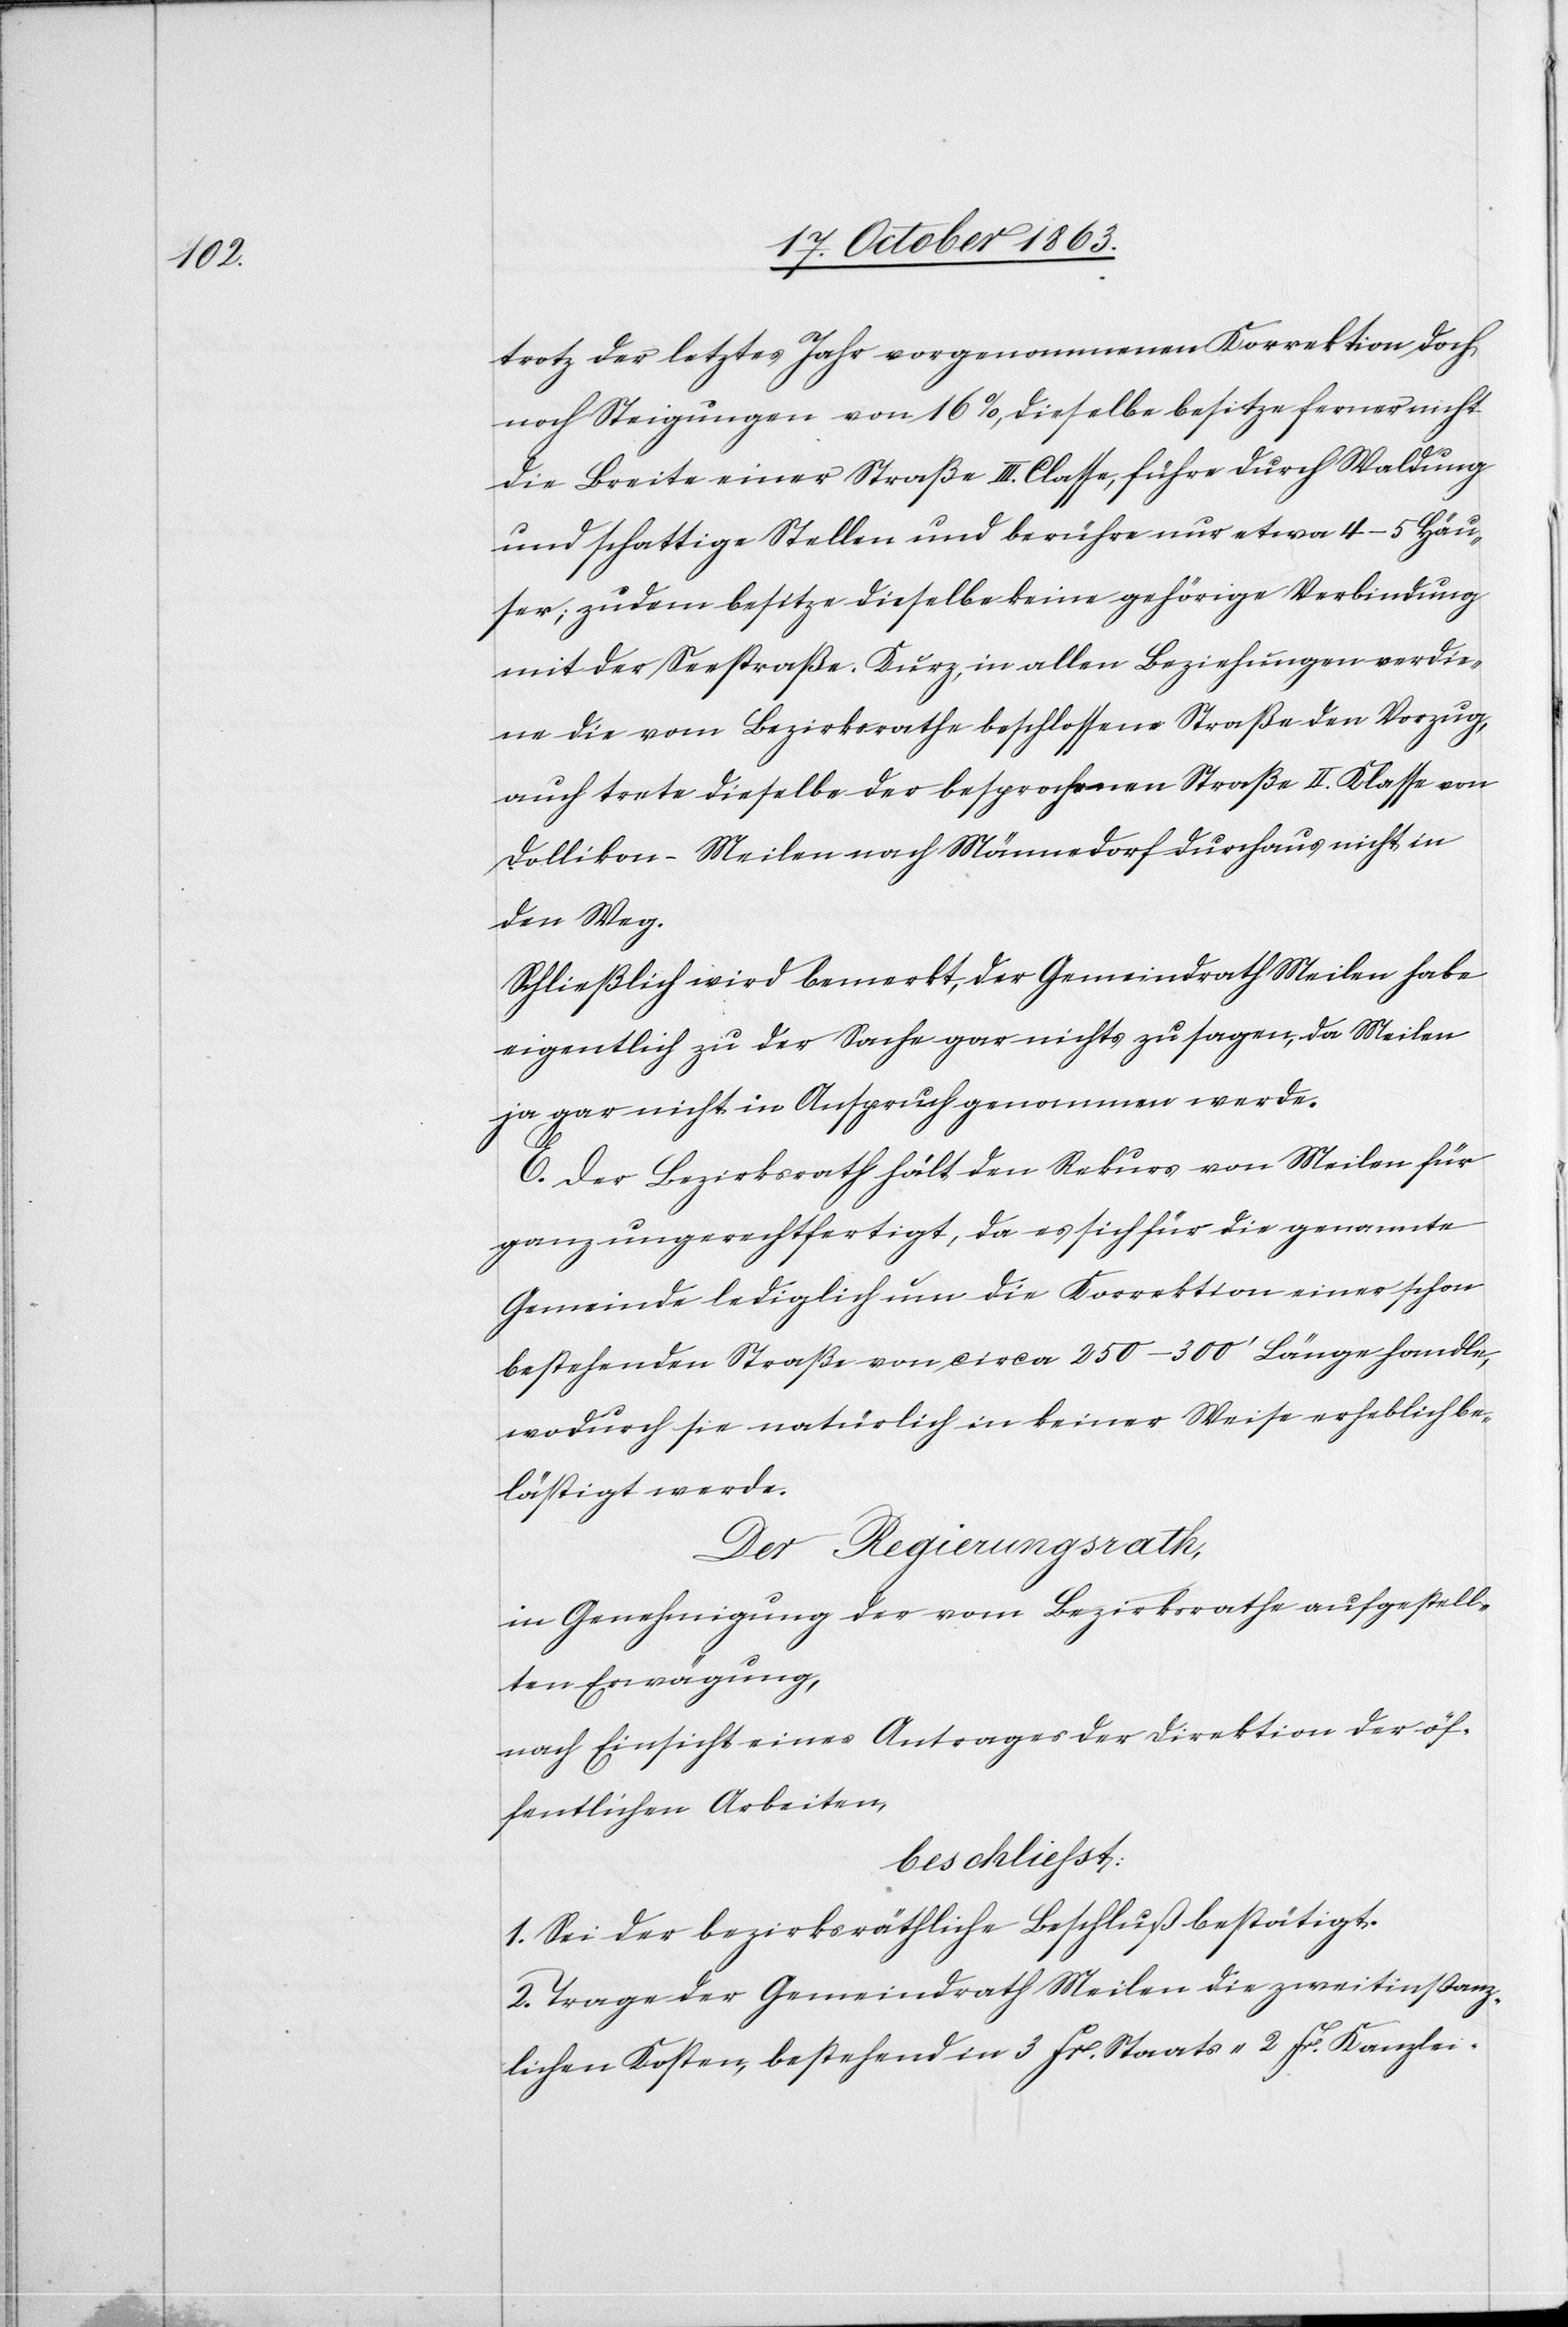
trotz der letztes Jahr vorgenommenen Korrektion doch
noch Steigungen von 16%, dieselbe besitze ferner nicht
die Breite einer Straße III. Classe, führe durch Waldung
und schattige Stellen und berühre nur etwa 4–5 Häu¬
ser; zudem besitze dieselbe keine gehörige Verbindung
mit der Seestraße. Kurz, in allen Beziehungen verdie¬
ne die vom Bezirksrathe beschlossene Straße den Vorzug,
auch trete dieselbe der besprochenen Straße II. Klasse von
Dollikon-Meilen nach Männedorf durchaus nicht in
den Weg.
Schließlich wird bemerkt, der Gemeindrath Meilen habe
eigentlich zu der Sache gar nichts zu sagen, da Meilen
ja gar nicht in Anspruch genommen werde.
E. Der Bezirksrath hält den Rekurs von Meilen für
ganz ungerechtfertigt, da es sich für die genannte
Gemeinde lediglich um die Korrektion einer schon
bestehenden Straße von circa 250–300' Länge handle,
wodurch sie natürlich in keiner Weise erheblich be¬
lästigt werde.
Der Regierungsrath,
in Genehmigung der vom Bezirksrathe aufgestell¬
ten Erwägung,
nach Einsicht eines Antrages der Direktion der öf¬
fentlichen Arbeiten,
beschließt:
1. Sei der bezirksräthliche Beschluß bestätigt.
2. Trage der Gemeindrath Meilen die zweitinstanz¬
lichen Kosten, bestehend in 3 Fr. Staats-[,] 2 Fr. Kanzlei-